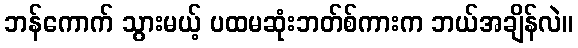
ဘန်ကောက် သွားမယ့် ပထမဆုံးဘတ်စ်ကားက ဘယ်အချိန်လဲ။